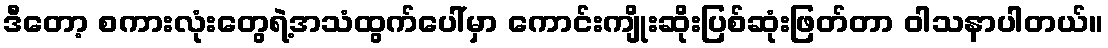
ဒီတော့ စကားလုံးတွေရဲ့အသံထွက်ပေါ်မှာ ကောင်းကျိုးဆိုးပြစ်ဆုံးဖြတ်တာ ဝါသနာပါတယ်။